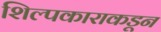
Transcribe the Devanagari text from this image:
शिल्पकाराकडून